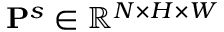
\mathbf { P } ^ { s } \in \mathbb { R } ^ { N \times H \times W }